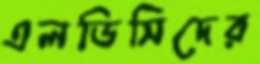
এলডিসিদের